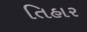
તિહાર